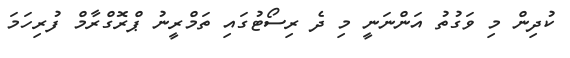
ކުދިން މި ވަގުތު އަންނަނީ މި ދެ ރިސޯޓުގައި ތަމްރީނު ޕްރޮގްރާމް ފުރިހަމަ